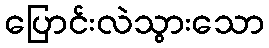
ပြောင်းလဲသွားသော